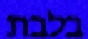
בלבת